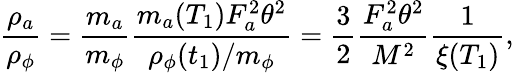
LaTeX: \frac{\rho_{a}}{\rho_{\phi}}=\frac{m_{a}}{m_{\phi}}\frac{m_{a}(T_{1})F_{a}^{2}\theta^{2}}{\rho_{\phi}(t_{1})/m_{\phi}}=\frac{3}{2}\frac{F_{a}^{2}\theta^{2}}{M^{2}}\frac{1}{\xi(T_{1})},